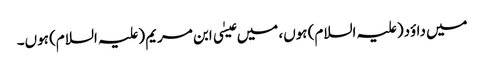
میں داؤد(علیہ السلام) ہوں، میں عیسٰی ابن مریم (علیہ السلام) ہوں۔